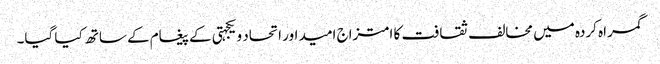
گمراہ کردہ میں مخالف ثقافت کا امتزاج امید اور اتحاد و یکجہتی کے پیغام کے ساتھ کیا گیا۔